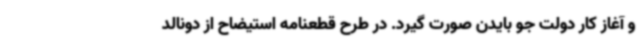
و آغاز کار دولت جو بایدن صورت گیرد. در طرح قطعنامه استیضاح از دونالد